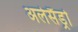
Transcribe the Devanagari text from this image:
अलेसैंड्रो